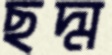
ছদ্ম